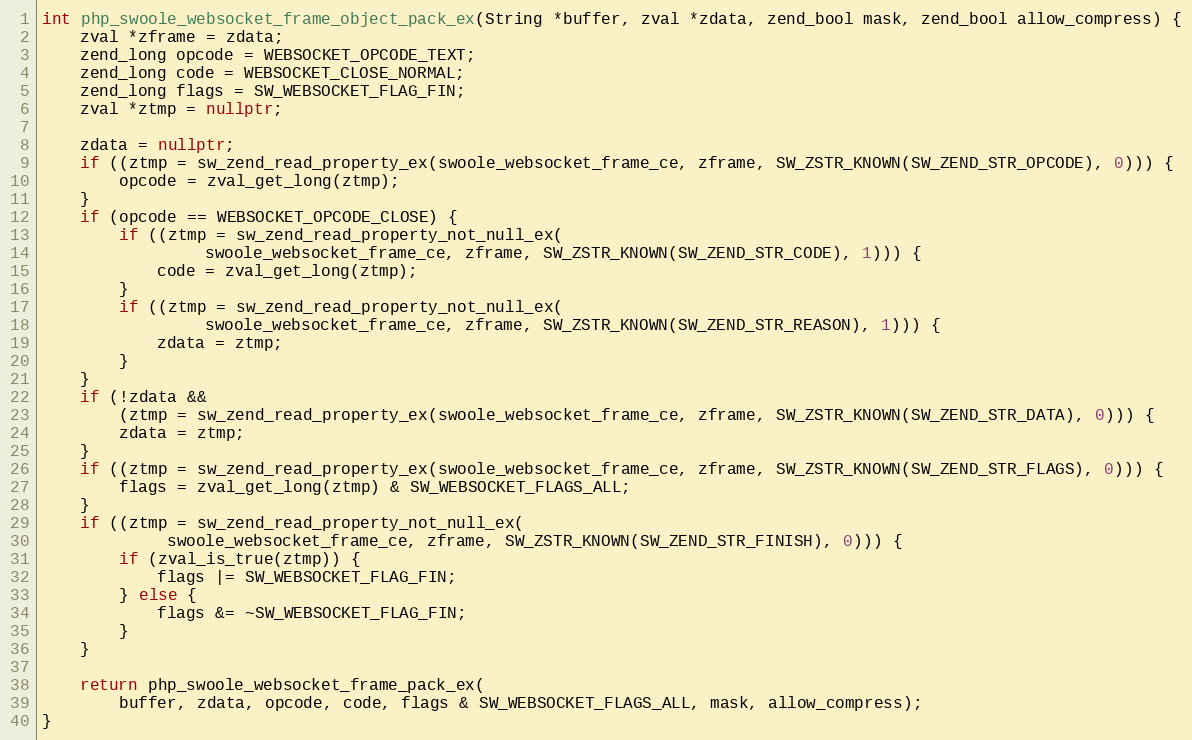
Language: C++
int php_swoole_websocket_frame_object_pack_ex(String *buffer, zval *zdata, zend_bool mask, zend_bool allow_compress) {
    zval *zframe = zdata;
    zend_long opcode = WEBSOCKET_OPCODE_TEXT;
    zend_long code = WEBSOCKET_CLOSE_NORMAL;
    zend_long flags = SW_WEBSOCKET_FLAG_FIN;
    zval *ztmp = nullptr;

    zdata = nullptr;
    if ((ztmp = sw_zend_read_property_ex(swoole_websocket_frame_ce, zframe, SW_ZSTR_KNOWN(SW_ZEND_STR_OPCODE), 0))) {
        opcode = zval_get_long(ztmp);
    }
    if (opcode == WEBSOCKET_OPCODE_CLOSE) {
        if ((ztmp = sw_zend_read_property_not_null_ex(
                 swoole_websocket_frame_ce, zframe, SW_ZSTR_KNOWN(SW_ZEND_STR_CODE), 1))) {
            code = zval_get_long(ztmp);
        }
        if ((ztmp = sw_zend_read_property_not_null_ex(
                 swoole_websocket_frame_ce, zframe, SW_ZSTR_KNOWN(SW_ZEND_STR_REASON), 1))) {
            zdata = ztmp;
        }
    }
    if (!zdata &&
        (ztmp = sw_zend_read_property_ex(swoole_websocket_frame_ce, zframe, SW_ZSTR_KNOWN(SW_ZEND_STR_DATA), 0))) {
        zdata = ztmp;
    }
    if ((ztmp = sw_zend_read_property_ex(swoole_websocket_frame_ce, zframe, SW_ZSTR_KNOWN(SW_ZEND_STR_FLAGS), 0))) {
        flags = zval_get_long(ztmp) & SW_WEBSOCKET_FLAGS_ALL;
    }
    if ((ztmp = sw_zend_read_property_not_null_ex(
             swoole_websocket_frame_ce, zframe, SW_ZSTR_KNOWN(SW_ZEND_STR_FINISH), 0))) {
        if (zval_is_true(ztmp)) {
            flags |= SW_WEBSOCKET_FLAG_FIN;
        } else {
            flags &= ~SW_WEBSOCKET_FLAG_FIN;
        }
    }

    return php_swoole_websocket_frame_pack_ex(
        buffer, zdata, opcode, code, flags & SW_WEBSOCKET_FLAGS_ALL, mask, allow_compress);
}